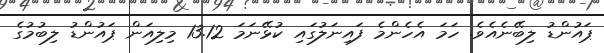
ޕައުންޑު ލިބޭނެއެވެ. ހަމަ އެހެންމެ ފައިނަލުގައި ކުޅޭނަމަ 13.12 މިލިއަން ޕައުންޑު ލިބުމުގެ